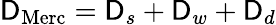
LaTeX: \mathsf{D}_{\mathrm{{Merc}}}=\mathsf{D}_{s}+\mathsf{D}_{w}+\mathsf{D}_{d}